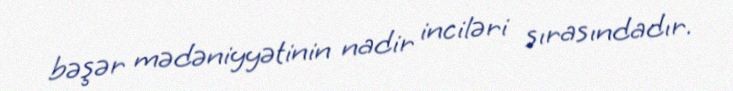
bəşər mədəniyyətinin nadir inciləri sırasındadır.